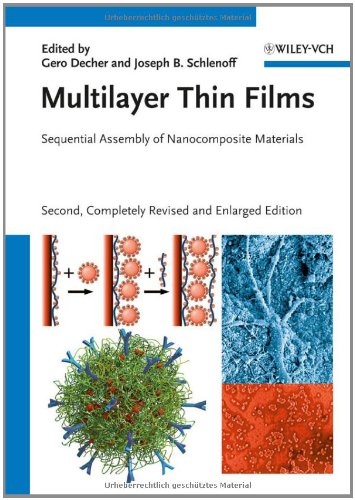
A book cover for Multilayer Thin Films: Sequential Assembly of Nanocomposite Materials; Science & Math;